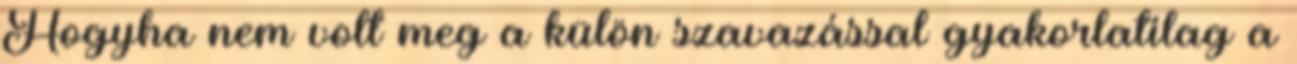
Hogyha nem volt meg a külön szavazással gyakorlatilag a